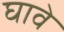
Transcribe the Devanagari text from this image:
घावे